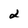
Character: 2